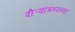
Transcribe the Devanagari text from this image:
दौर्‍यामध्यल्या